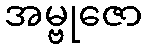
အမ္ဗုဇော